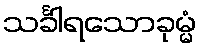
သင်္ခါရသောခုမ္မံ